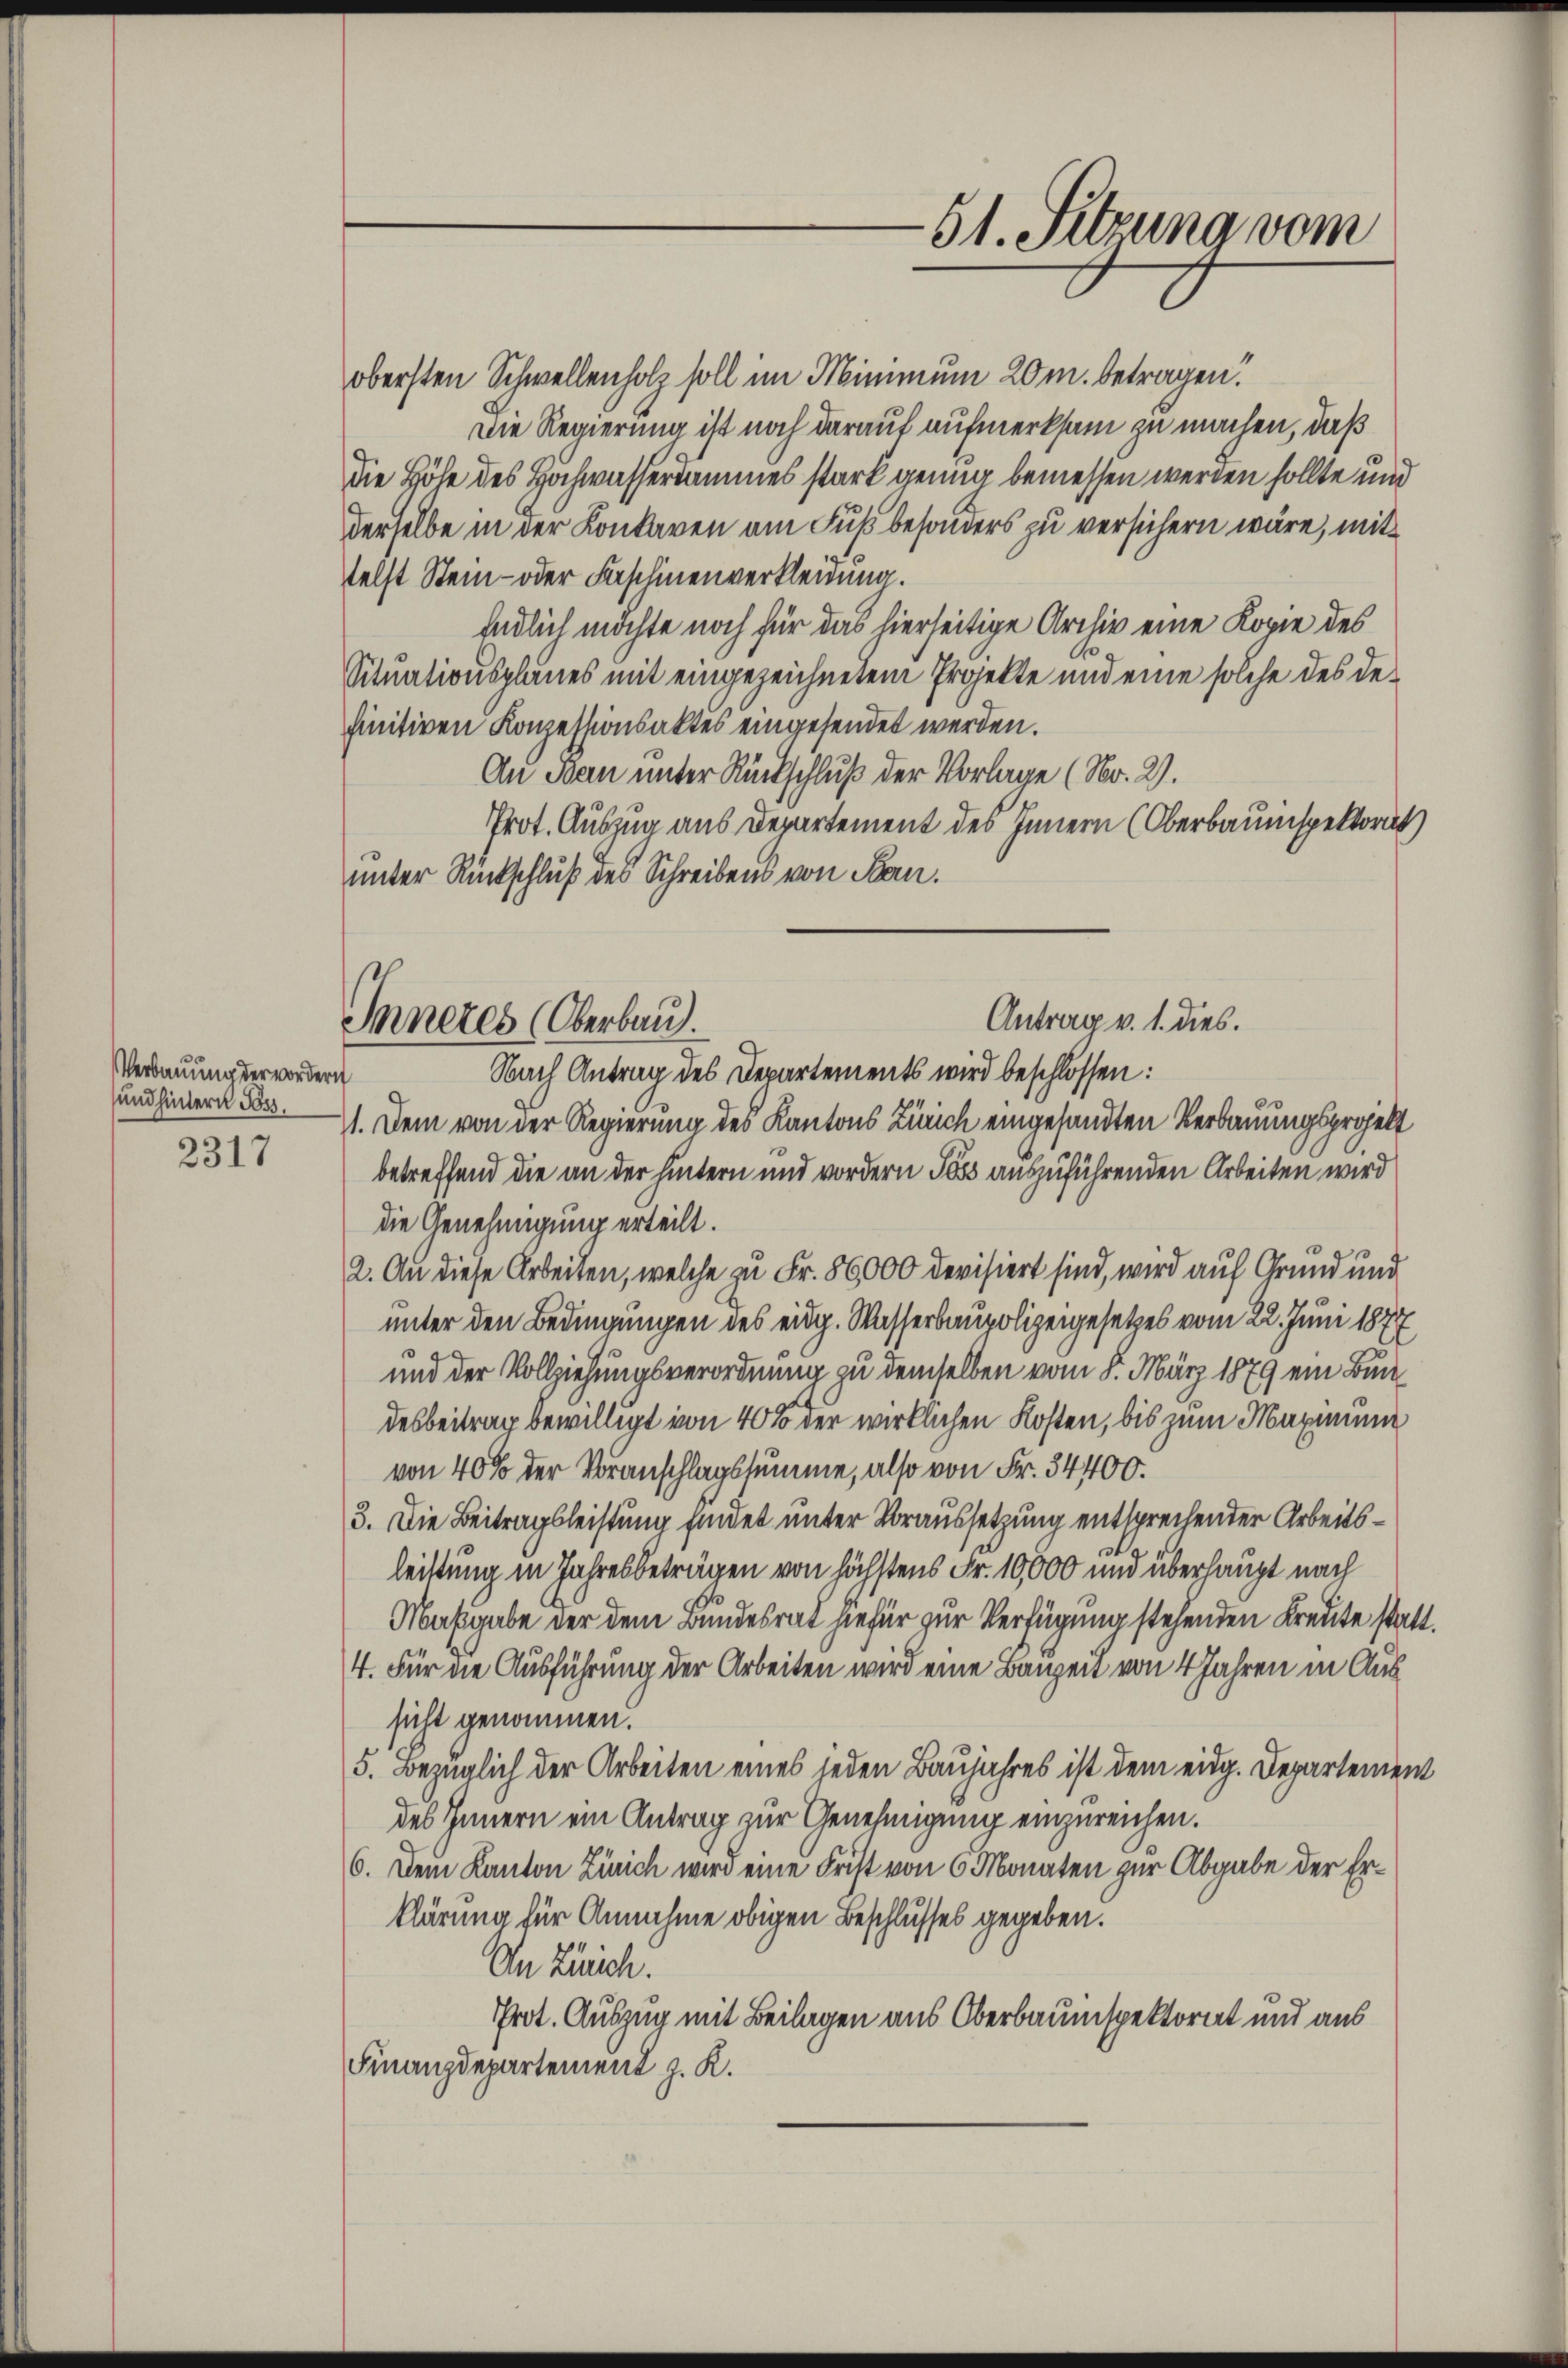
Verbauung der wordern
und hintern Poss,

2317

Inneres (Oberbau.

obersten Schwellenholz soll im Minimum 20 m. betragen.
Die Regierung ist noch darauf aufmerksam zu machen, daß
die Höhe des Hochwassersammes stark genug bemessen werden sollte und
derselbe in der Konkaren am Fuß besonders zu versichern wäre, mit
telst Stein- oder Faschinenverkleidung.
Endlich möchte noch für das hierseitige Archiv eine Kopie des
Situationsplanes mit eingezeichnetem Projekte und eine solche des definitiven Konzessionsaktes eingesendet werden.
An Bau unter Rückschluß der Vorlage (Nr. 2).
Prot. Auszug aus Departement des Innern (Oberbaumspektorat
unter Rückschluß des Schreibens von San.

Nach Antrag des Departements wird beschlossen:
11. Dem von der Regierung des Kantons Zürich eingesandten Verbauungsprojekt
betreffend die an der hintern und vordern Joss auszuführenden Arbeiten wird
die Genehmigung erteilt.
2. An diese Arbeiten, welche zu Fr. 86,000 devisiert sind, wird auf Grund und
unter den Bedingungen des eidg. Wasserbaupolizeigesetzes vom 22. Juni 1877
und der Vollziehungsverordnung zu demselben vom 8. März 1879 ein Bundesbeitrag bewilligt von 40% der wirklichen Kosten, bis zum Maximum
von 40% der Voranschlagssumme, also von Fr. 34400.
3. Die Beitragsleistung findet unter Voraussetzung entsprechender Arbeitsleistung in Jahresbeträgen von höchstens Fr. 10,000 und überhaupt nach
Maßgabe der dem Bundesrat hiefür zur Verfügung stehenden Kreute statt.
4. Für die Ausführung der Arbeiten wird eine Bauzeit von 4 Jahren in Aussicht genommen.
5. Bezüglich der Arbeiten eines jeden Baujahres ist dem eidg. Departement
des Innern ein Antrag zur Genehmigung einzureichen.
6. Dem Kanton Zürich wird eine Frist von 6 Monaten zur Abgabe der Erklärung für Annahme obigen Beschlusses gegeben.
An Zürich.
Prot. Auszug mit Beilagen aus Oberbauinspektorat und aus
Finanzdepartement z. K.

-51. Sitzung vom

Antrag v. 1. dies.